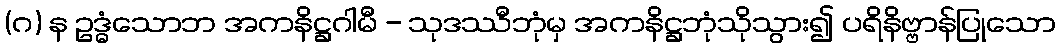
(ဂ) န ဥဒ္ဓံသောဘ အကနိဋ္ဌဂါမီ - သုဒဿီဘုံမှ အကနိဋ္ဌဘုံသိုသွား၍ ပရိနိဗ္ဗာန်ပြုသော